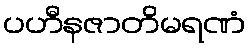
ပဟီနဇာတိမရဏံ